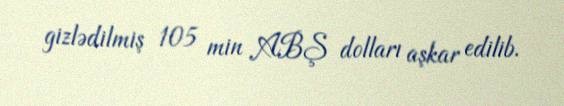
gizlədilmiş 105 min ABŞ dolları aşkar edilib.